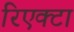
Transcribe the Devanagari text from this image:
रिएक्टा